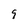
Character: 9